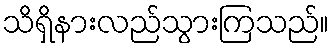
သိရှိနားလည်သွားကြသည်။